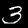
Label: 3